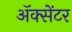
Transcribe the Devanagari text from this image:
ॲक्सेंटर